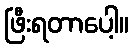
ဖြီးရတာပေါ့။